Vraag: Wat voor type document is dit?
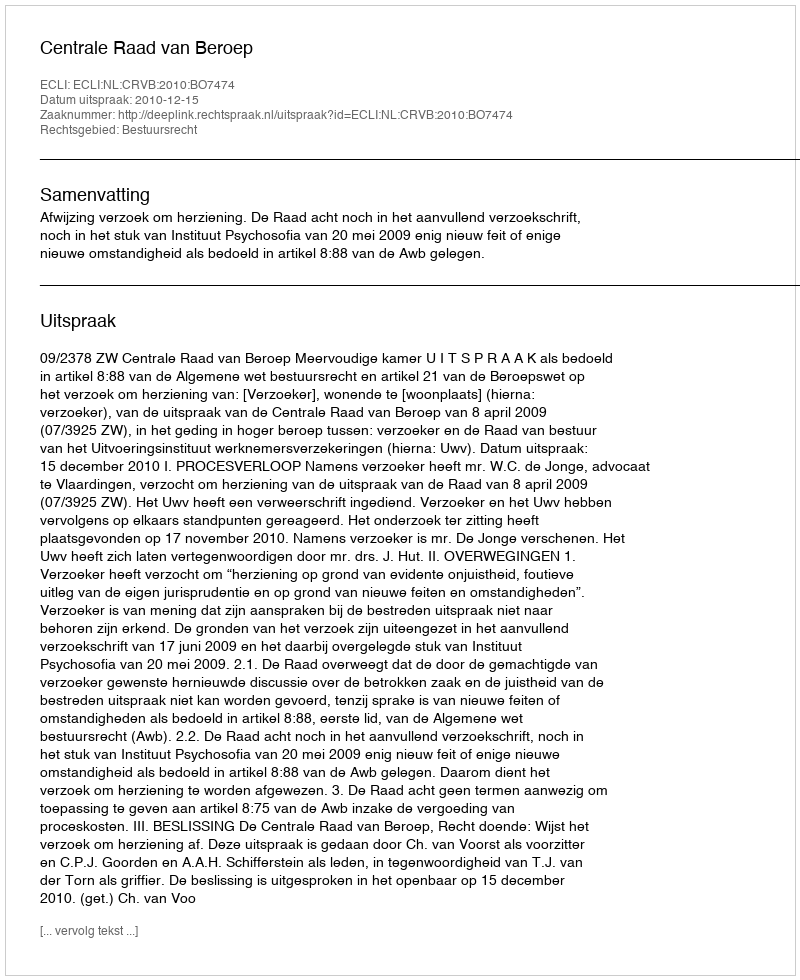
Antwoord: Uitspraak